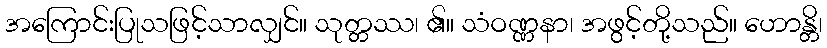
အကြောင်းပြုသဖြင့်သာလျှင်။ သုတ္တဿ၊ ၏။ သံဝဏ္ဏနာ၊ အဖွင့်တို့သည်။ ဟောန္တိ၊